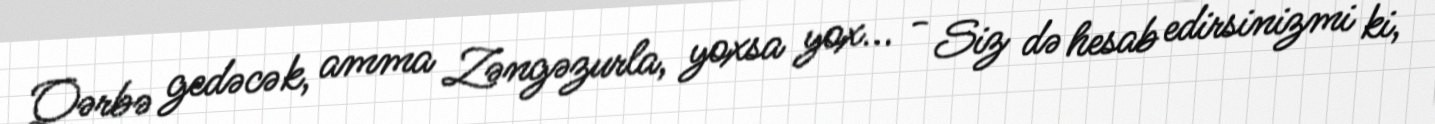
Qərbə gedəcək, amma Zəngəzurla, yoxsa yox... - Siz də hesab edirsinizmi ki,